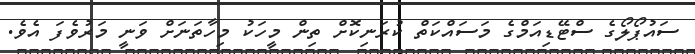
ސައުޕޯލޯގެ ސްޓޭޑިއަމްގެ މަސައްކަތް ކުރަނިކޮށް ތިން މީހަކު މިހާތަނަށް ވަނީ މަރުވެފަ އެވެ.